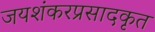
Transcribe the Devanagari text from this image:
जयशंकरप्रसादकृत